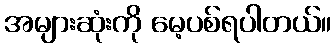
အများဆုံးကို မေ့ပစ်ရပါတယ်။